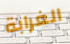
الغرابة